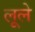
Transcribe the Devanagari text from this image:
लूले